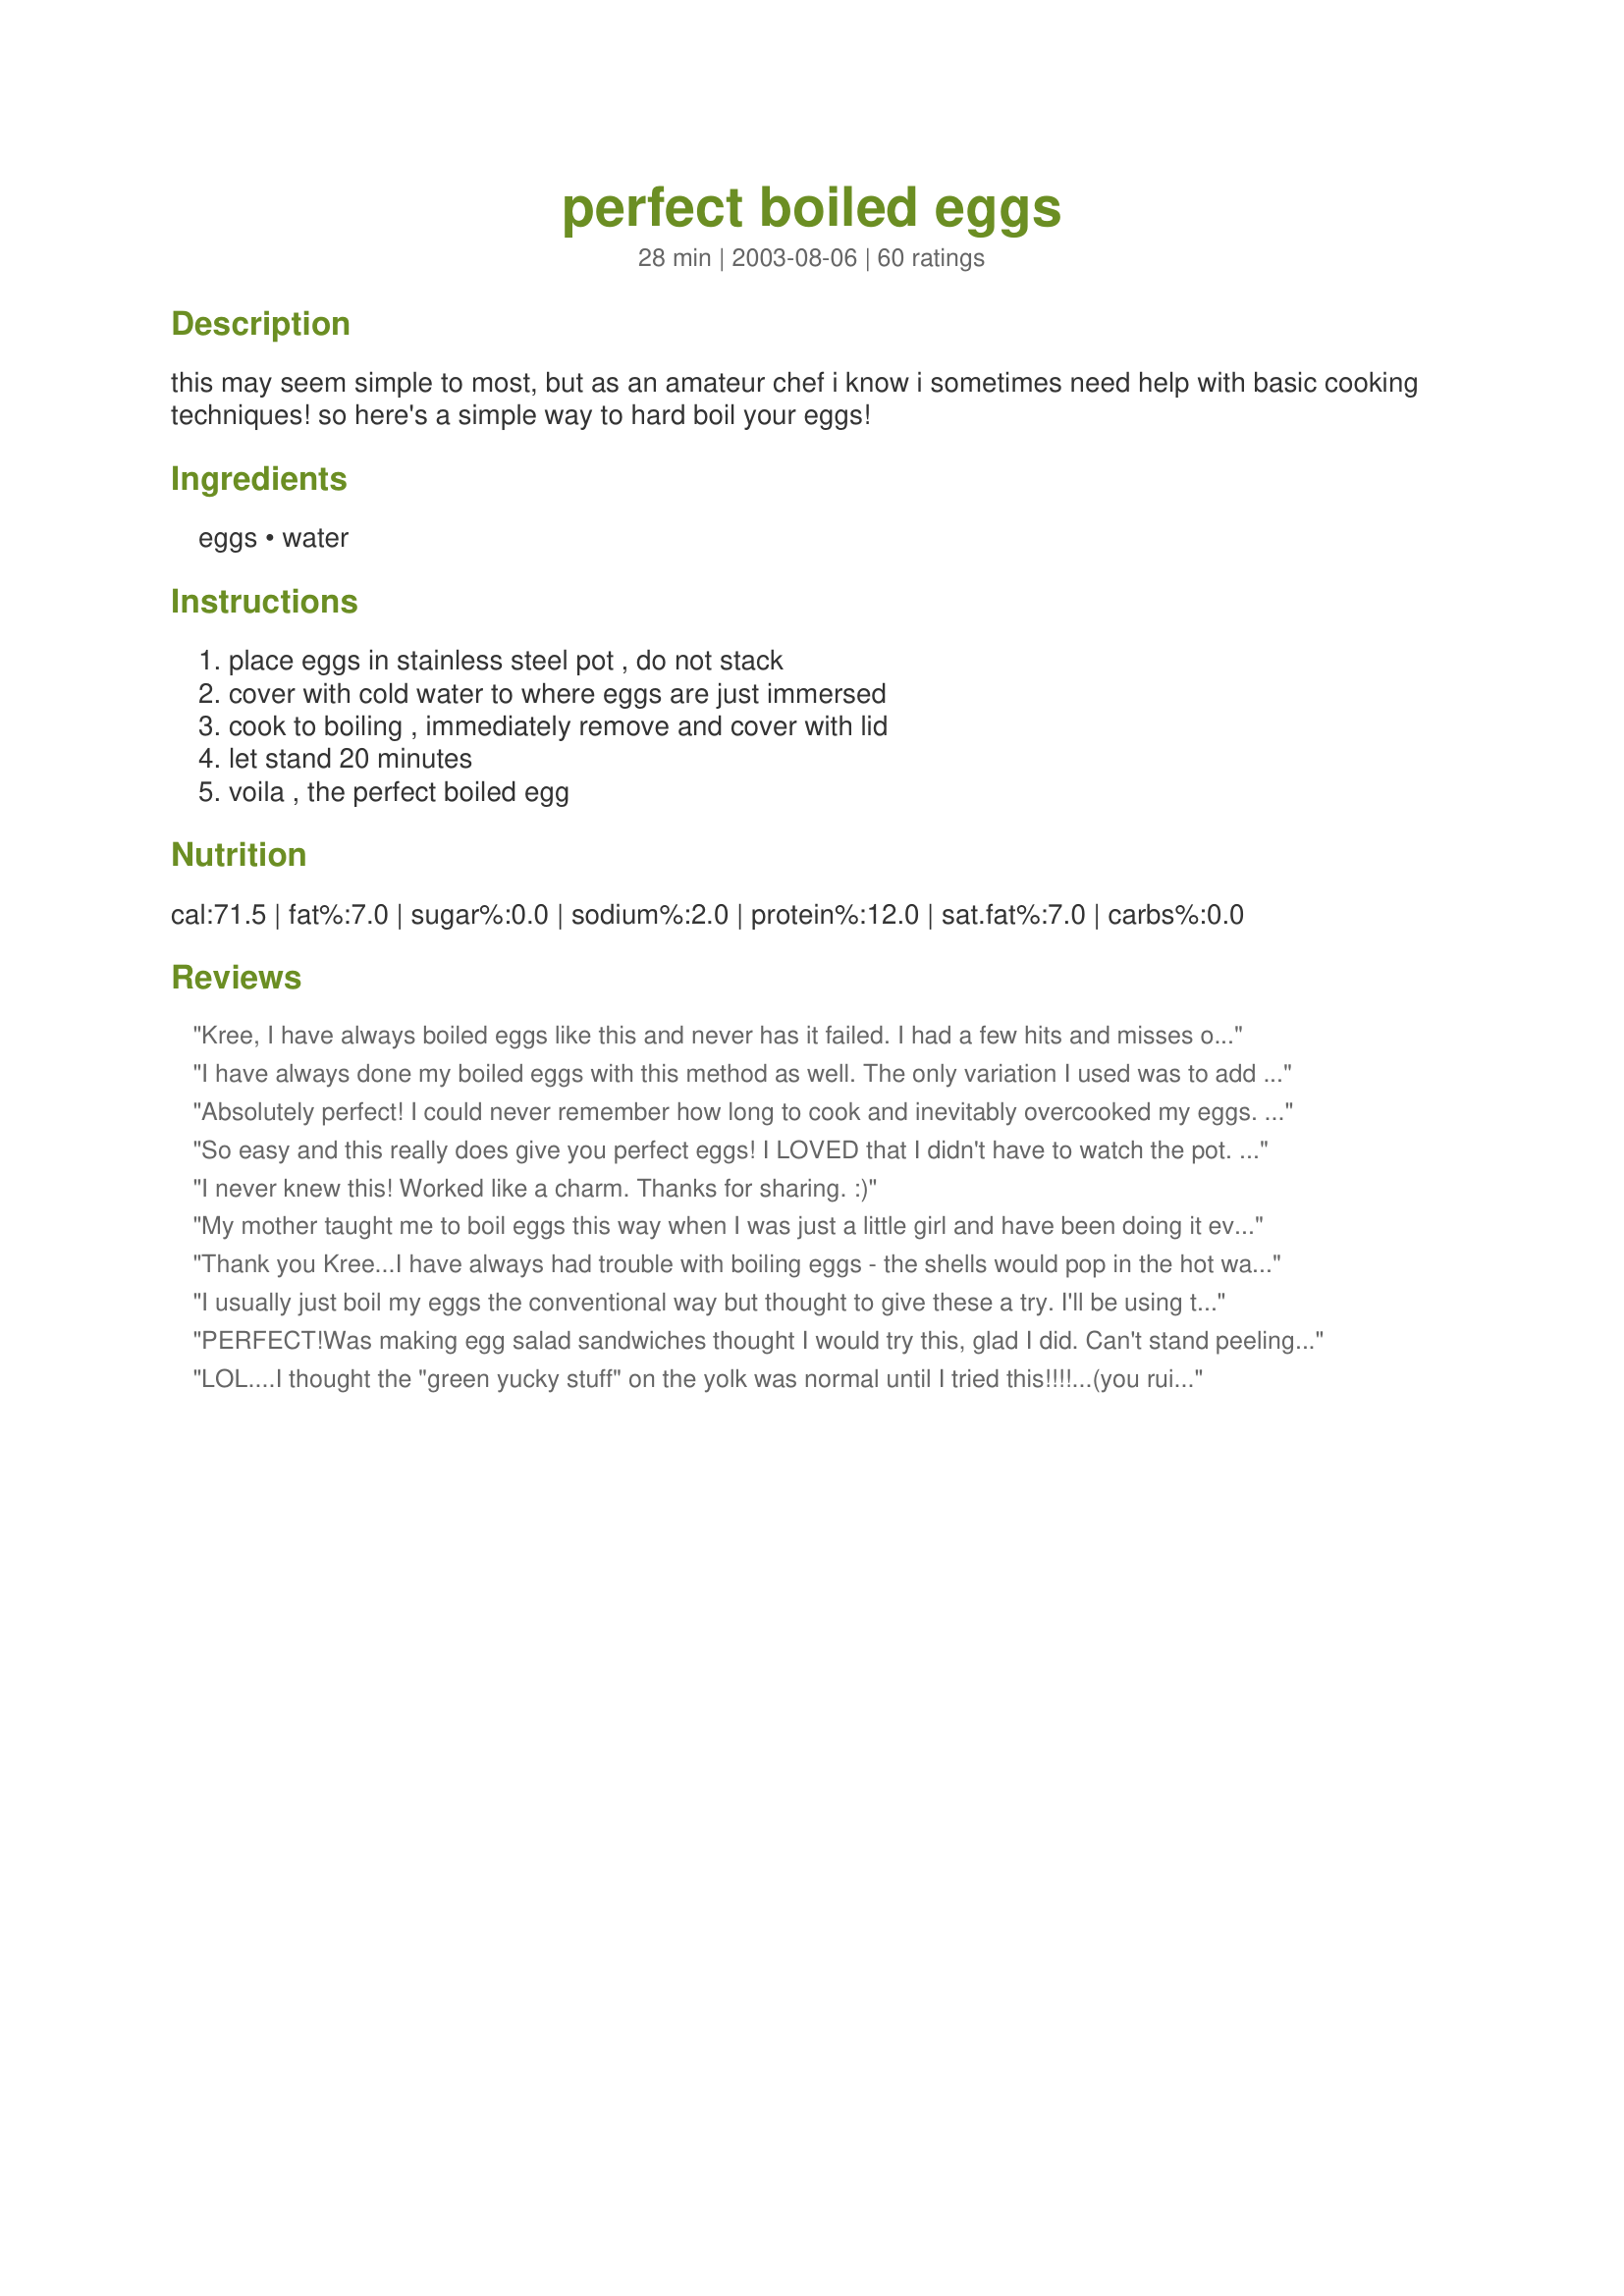
perfect boiled eggs
Preparation time: 28 minutes

this may seem simple to most, but as an amateur chef i know i sometimes need help with basic cooking techniques! so here's a simple way to hard boil your eggs!

Ingredients:
eggs, water

Steps:
place eggs in stainless steel pot , do not stack, cover with cold water to where eggs are just immersed, cook to boiling , immediately remove and cover with lid, let stand 20 minutes, voila , the perfect boiled egg

Reviews:
Kree, I have always boiled eggs like this and never has it failed. I had a few hits and misses over the years but eventually perfected it. Thanks for posting.
I have always done my boiled eggs with this method as well. The only variation I used was to add a dash of distilled vinegar to the pot before boiling. After eggs have set, run them under cold water and you will have beautiful, AND easy to peel eggs. This always works best with eggs that are at least a few days old.
Absolutely perfect! I could never remember how long to cook and inevitably overcooked my eggs. This has worked every time. Thanks!
So easy and this really does give you perfect eggs! I LOVED that I didn't have to watch the pot. My eggs were about medium sized and were perfect after exactly 20 minutes. I let them sit in some ice cold water right after and let them cool completely before peeling. These are the most hassle free eggs I've ever made! Thank you!
I never knew this! Worked like a charm. Thanks for sharing. :)
My mother taught me to boil eggs this way when I was just a little girl and have been doing it ever since. It's no fail.....eggs always turn out perfect.
Thank you Kree...I have always had trouble with boiling eggs - the shells would pop in the hot water and the white would stream out and ruin the egg & the water. This was so easy & made a dozen perfect hard boiled eggs.
I usually just boil my eggs the conventional way but thought to give these a try. I'll be using this method in future when I need eggs for a salad garnish or if I want to slice them for a sandwich, because the yolk is done just perfect. However, for my standard breakfast egg I like the very middle of the yolk to still be soft so I'll stick to my normal method for those. Thanks for sharing.
PERFECT!Was making egg salad sandwiches thought I would try this, glad I did. Can't stand peeling an egg & finding it a bit too runny. Never again. Thanks
LOL....I thought the "green yucky stuff" on the yolk was normal until I tried this!!!!...(you ruined my childhood!!)...THANK YOU!!!

I've heard that to stop them from overcooking, you can place them in cold water after the 20 min. Also, I was told that peeling them in cold water makes it easeir for the shell to come off. Yum...eggs are good!
WOW...this works!...perfect hard boiled eggs...try it!!
Perfect every time - The only thing that I add is some salt to the water.
Never under done nor blue circles
I cooked 14 eggs using this method. Fantastic...Egg yolks just perfect for devilled eggs. After cooking I plunged the eggs into water with lots of ice cubes and shook the pot to crack the shells. Let set for a few minutes and voila!!! Easy to peel hard boiled eggs! Thanks so much for posting your way of doing it....
I have always had a hard time boiling eggs.. the yolk sometimes wouldn't be completely cooked for me. But this how-to recipe worked perfectly. Thank you!
My eggs came out perfect using this method. I like to boil some eggs ahead of time and use them for my salads. Thank You
Cover pot?
The yolks are perfectly done with this method but I could not get the whites to remain as intact upon peeling. I suspect that this is partly due to the freshness of my eggs but at least one of the eggs was older. Good method however.
I like to try different methods of doing things from time to time. I needed some hard boiled eggs so decided to give this recipe a try. I followed the recipe exactly as written and my eggs came out perfect!
This is how I've been cooking boiled eggs for years. I always do a dozen at a time and get perfect eggs every single time. As soon as my kitchen timer goes off, I immediately drain the eggs and run cold water over them. I have NEVER had a failed egg yet.
Great way to make hard boiled eggs! I didn\'t have a stainless pan, mine was a non-stick kettle. I boiled the water, and let it boil for just a minute before covering and removing from the heat. They came out great. I made a dozen for deviled eggs. Thanks for the post! I\'ll never wonder if they are going to turn out again! :)
PERFECT eggs every time! I only stand for 16 minutes though & will never make them another way again :-)
This is the best method I've discovered, after trying othres. I heard the reason behind this method is that high heat can toughen eggs, so not boiling them does result in a better egg texture. Also, if you ever have trouble with the eggs cracking while heating up, just make a tiny pinhole in the wider end of the egg before placing in the water. Thanks for sharing, Kree! 

This is the only way to make hard boiled eggs. It's great because you don't have to tend to the eggs once the water has come to a boil. Thanks for adding this to Recipezaar.
I don't have a stainless steel pan. I used a Teflon/alum pan. The eggs were undercooked and very hard to peel. I did take one of your customers suggestion about giving them a water and ice bath immediately after cooking. Maybe this was the problem. I will try it again without the ice bath next time
This is the method I always use to boil my eggs. It works perfect every time! Great idea to post the recipe, Kree!
Thanks for the tip. I like boiled eggs but never knew exactly how long to cook them. As a result they'd come out half done, overdone and that odd time "done". So this morning I wanted some but hesitated at the stove. My husband said "Zaar it"- everything's on there and voila ... this is going to be a good day! They turned out great by the way.
Mom looked at me like I was crazy, she boils her eggs till.........they are hard little rubber balls. This method is excellant. The whites were tender and the yellows did not have that icky green coating. Great method!
I thought, really? How hard is it to boil an egg. Well, you proved me wrong! These were the absolute most perfect boiled eggs. Thanks so much for posting.
I have been doing eggs this way for years. I think I got it from a betty crocker cookbook, but I remember when I first starting cooking I used that cookbook a lot. This is the most easiest way to make hard boiled eggs, in fact when my boyfriend went to make some recently I had to tell him to make them this way as he was doing some other cooking and I knew this would be a big help for him. Perfect eggs every tme!
This worked well for me. My yolks were perfect and bright yellow. Thanks for posting.
Right On, Kree! That is why the eggs are properly called "hard-cooked" and not "hard-boiled"
May I please kiss your feet for posting this? I consider myself a good cook but for the life of me I cannot boil an egg to save my life. They are either overcooked or still runny in the middle. Go's to show sometimes the simplest things can be the most difficult. lol.
This is the only fool-proof way to hard cook eggs. Be sure to plunge in cold water after the 20 minutes is up to stop the cooking process. If you start peeling at the small end, you can 'almost' peel them perfectly.
Perhaps I did something wrong here...but mine were not perfectly cooked. I've always lightly boiled my hardboiled eggs for 15 minutes but saw this recipe and it sounded so much simpler! Tried it and 1/4 of the eggs were under cooked. I made 8 total and did not overlap. I even left them a few minutes longer than the stated 20 minutes. All my eggs were hard to peel as well. Must be something I did since so many others had great results. May try again or may just stick with what's worked for me all along. Thanks for posting! EDIT: For anyone experiencing the underdone problem I experienced with this recipe, please try Kittencal's Perfect Hard-Boiled Eggs Recipe #259573. I just cooked and peeled my first PERFECT hardboiled egg using this method!
Did 6 eggs according to directions and they came out perfect. Thanks for sharing Kree. I would not have believed it. The yolks were so nice and yellow--I'm amazed.
I have done this for years but let them sit for 25 minutes so today I made some up to make potato salad and did it for the 20 minutes. Low and behold they were perfect! Thanks!
great tip
These turned out very well. I cooked 8 eggs, following you'r recipe exactly, and they were all easy to peel and cooked perfectly. Thanks Kree for posting
Simple task, perfect results.
I just boiled 4 jumbo eggs following these directions and they turned out perfect. Bright yellow yolks completely done and easy to peel.
As the name says, these are the Perfect Boiled Egg!
Simple, clear instructions on a simple kitchen task. Thanks Kree.
Perfectly cooked eggs. We used these in a spinach salad. Thanks for sharing! ~Lorie
worked great! no green yolks with this method!
perfect!
Thanks for the great technique. I made a chef salad yesterday and remembered seeing this so thought I would give it a try. Perfect eggs, thanks so much!
This was so easy! they came out perfect!
I have ALWAYS had issues with boiling eggs but no more! Thanks for a great "recipe"! Will use this from now on for the perfect egg.
I followed the directions and cooked 8 eggs. They were cooked to perfection and were used to make Recipe #58204.
First time in my life I got it right! I usually pick them to death and they look ugly. Everyone turned out beautiful.
UPDATE: Shared this recipe with my boss where simplicity is the key. She LOVED the ease of this recipe to make perfect boiled eggs!<br/><br/>I shared this recipe with my husband whom complained he could never make perfectly boiled eggs. We have done this twice in the last week and a half and true results both times much to his delight. Light fluffy yolks with just set whites - just how he wanted them. <br/><br/>Thank you for sharing!
I have been boiling eggs like this for over 20 years, and it does give the perfect hard boiled egg!
perfect eggs every time.
What simple, but wonderful advice!!! I will never hard boil my eggs any other way. Thanks so much for posting!!!
I was going to post this recipe myself, but since it is here already I don't have to! Thanks Kree, this is a great recipe. One of my chef instructors in Culinary school gave me this recipe. He said he got it from a Julia Child Cookbook called, "The Way to Cook". The only difference between his and Kree's is we let the eggs stand for 18 minutes, then put them in an ice bath while peeling. Other than that it's the same, and a very good technique recipe. Thanks again Kree!
This makes wonderful, tender eggs - my favorite for deviled eggs! I cook them a few minutes longer to insure they're done all the way through, then soak them in ice water afterwards. Not sure if it makes peeling easier, but they always peel easy for me. (keep in mind older eggs peel easier than fresh).
This is how I boil my eggs--works perfectly.
Sinple, to the point and it works :) Thanks for a recipe that takes the guesswork out of a simple cooking chore that has stupidly confounded me for years, especially since I hate soft boiled eggs with a vengance. My mother used to put eggs in water (for boiling or poaching) for about 1 whole minute, maybe sometimes all of the white would cook and then she would take it out and expect us to eat these practically raw. It almost put me off eggs for life. In self defence I have always overcooked eggs to death and finially a recipe that delivers them cooked but not rubbery so I might be adding more hard boiled eggs into my menus now that I feel more confident about getting them right. Please see my rating system: 5 stars for a recipe that has banished the childhood nightmere. Thanks!
Glad someone posted this recipe, I've been doing my eggs this way for years now and have never had a bad turnout with the eggs. One year while making my eggs for Easter, I left the covered pot on the stove for over an hour because I forgot about them. But with this method, the eggs were perfect ! They weren't overcooked at all! Thanks again for posting this recipe!
This is the method I have used to make boiled eggs for years. They always are perfectly cooked; the white is not rubbery, and the yellow not turning strange colors. Run cold water over them immediately after cooking, and use eggs that aren't quite so fresh and the peels will release much easier (an air pocket forms between the egg and the shell, making them much easier to peel.) Thanks for posting!
